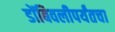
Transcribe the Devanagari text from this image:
डोंबिवलीपर्यंतचा